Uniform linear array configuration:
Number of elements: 16
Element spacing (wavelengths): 1
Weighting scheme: hamming
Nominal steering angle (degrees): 30
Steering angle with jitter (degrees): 29.968
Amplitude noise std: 0.05
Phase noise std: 0.05

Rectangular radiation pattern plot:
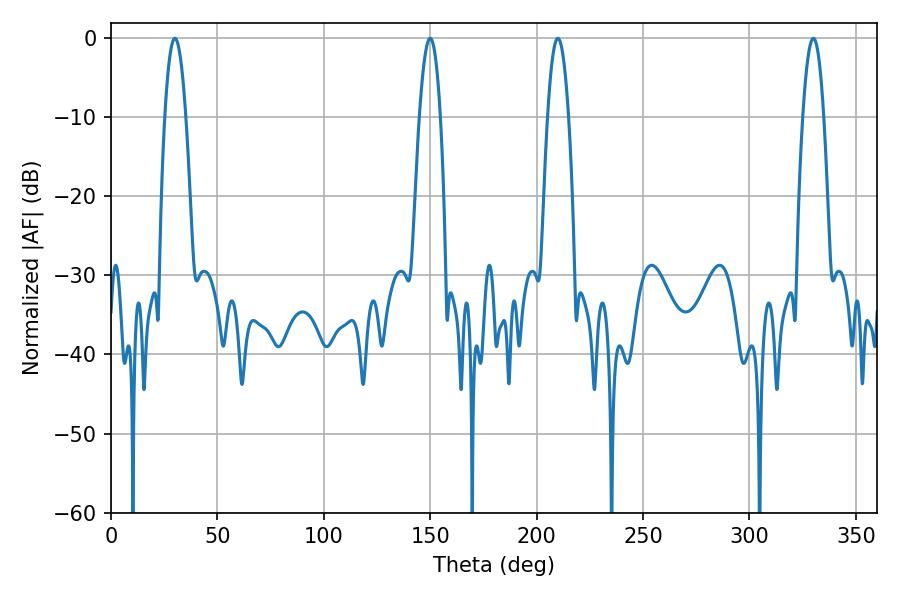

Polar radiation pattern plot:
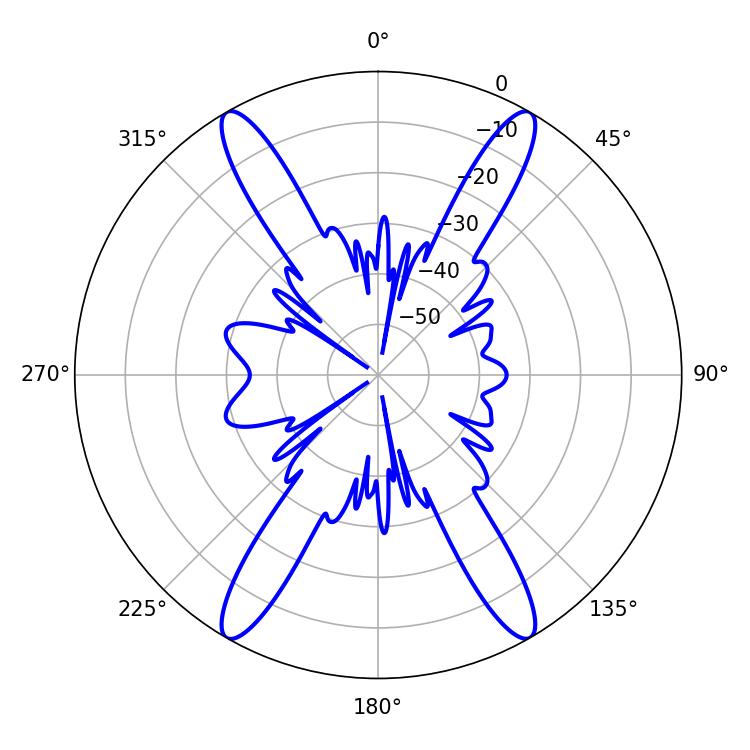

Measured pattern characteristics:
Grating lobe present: TRUE
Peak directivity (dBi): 39.034
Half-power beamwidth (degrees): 5.4
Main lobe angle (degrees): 30.06